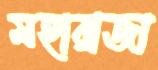
মহারাজা